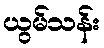
ယွမ်သန်း